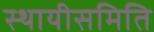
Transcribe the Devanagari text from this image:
स्थायीसमिति